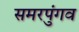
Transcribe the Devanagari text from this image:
समरपुंगव